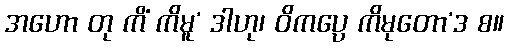
အဟော တု ကိံ ကိမူ’ ဒါဟု၊ ဝိကပ္ပေ ကိမုတော’ဒ စ။